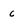
Character: c